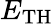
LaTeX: E_{\mathrm{TH}}